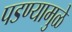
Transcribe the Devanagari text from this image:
पडण्यामुळे